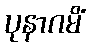
ပုနာဂမိံ